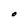
Character: O